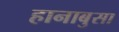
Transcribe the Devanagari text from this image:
हानाबुसा